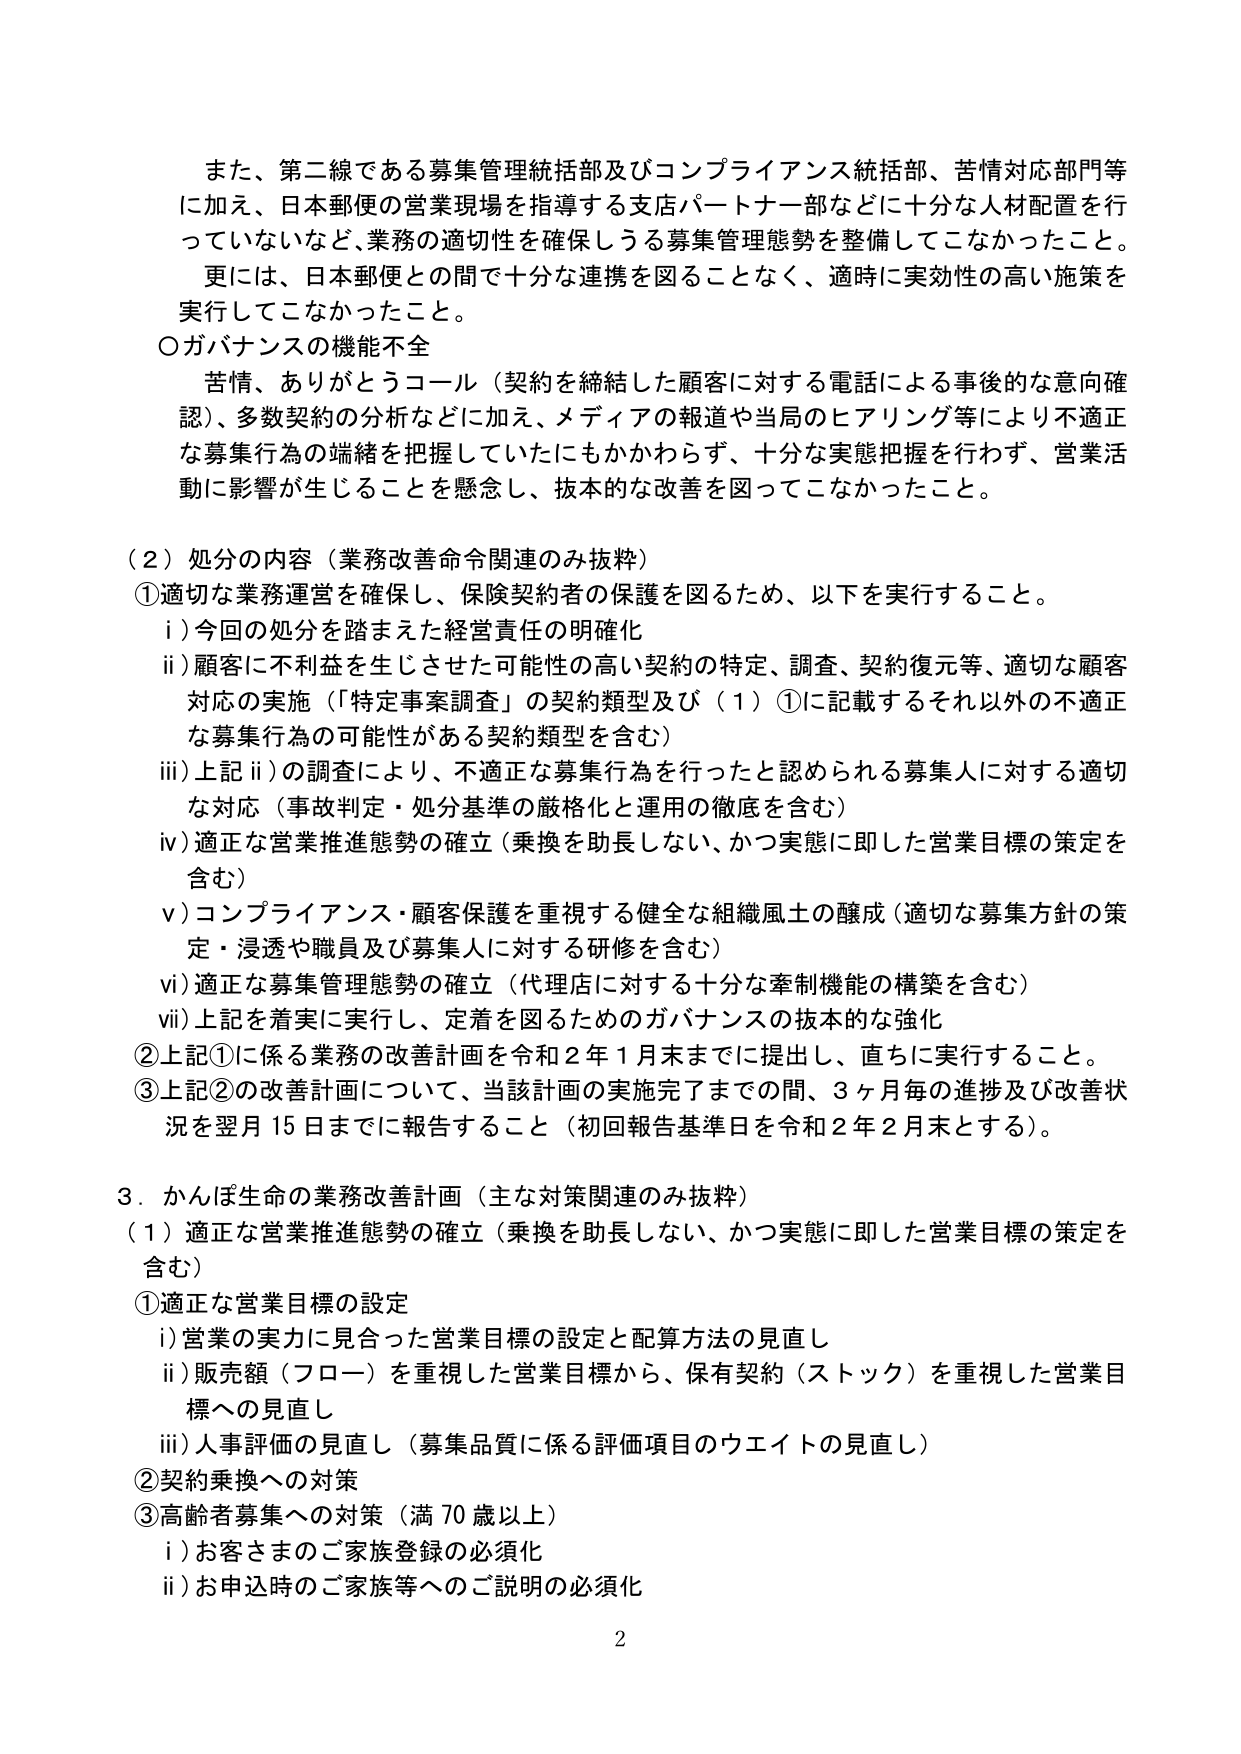
また、第二線である募集管理統括部及びコンプライアンス統括部、苦情対応部門等に加え、日本郵便の営業現場を指導する支店パートナー部などに十分な人材配置を行っていないなど、業務の適切性を確保しうる募集管理態勢を整備してこなかったこと。
更には、日本郵便との間で十分な連携を図ることなく、適時に実効性の高い施策を実行してこなかったこと。
○ガバナンスの機能不全
苦情、ありがとうコール（契約を締結した顧客に対する電話による事後の意向確認）、多数契約の分析などに加え、メディアの報道や当局のヒアリング等により不適正な募集行為の端緒を把握していたにもかかわらず、十分な実態把握を行わず、営業活動に影響が生じることを懸念し、抜本的な改善を図ってこなかったこと。

（２）処分の内容（業務改善命令関連のみ抜粋）
①適切な業務運営を確保し、保険契約者の保護を図るため、以下を実行すること。
　i）今回の処分を踏まえた経営責任の明確化
　ii）顧客に不利益を生じさせた可能性の高い契約の特定、調査、契約復元等、適切な顧客対応の実施（「特定事案調査」の契約類型及び（１）①に記載するそれ以外の不適正な募集行為の可能性がある契約類型を含む）
　iii）上記ii）の調査により、不適正な募集行為を行ったと認められる募集人に対する適切な対応（事故判定・処分基準の厳格化と運用の徹底を含む）
　iv）適正な営業推進態勢の確立（乗換を助長しない、かつ実態に即した営業目標の策定を含む）
　v）コンプライアンス・顧客保護を重視する健全な組織風土の醸成（適切な募集方針の策定・浸透や職員及び募集人に対する研修を含む）
　vi）適正な募集管理態勢の確立（代理店に対する十分な牽制機能の構築を含む）
　vii）上記を着実に実行し、定着を図るためのガバナンスの抜本的な強化
②上記①に係る業務の改善計画を令和２年１月末までに提出し、直ちに実行すること。
③上記②の改善計画について、当該計画の実施完了までの間、３ヶ月毎の進捗及び改善状況を翌月15日までに報告すること（初回報告基準日を令和２年２月末とする）。

３．かんぽ生命の業務改善計画（主な対策関連のみ抜粋）
（１）適正な営業推進態勢の確立（乗換を助長しない、かつ実態に即した営業目標の策定を含む）
①適正な営業目標の設定
　i）営業の実力に見合った営業目標の設定と配算方法の見直し
　ii）販売額（フロー）を重視した営業目標から、保有契約（ストック）を重視した営業目標への見直し
　iii）人事評価の見直し（募集品質に係る評価項目のウエイトの見直し）
②契約乗換への対策
③高齢者募集への対策（満70歳以上）
　i）お客さまのご家族登録の必須化
　ii）お申込時のご家族等へのご説明の必須化
2